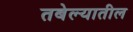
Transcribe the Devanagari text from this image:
तबेल्यातील